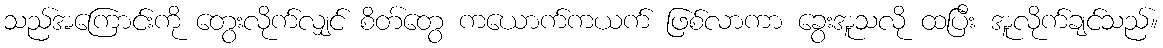
သည်အကြောင်းကို တွေးလိုက်လျှင် စိတ်တွေ ကယောက်ကယက် ဖြစ်လာကာ ခွေးအူသလို ထပြီး အူလိုက်ချင်သည်။